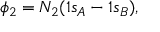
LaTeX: \phi _ { 2 } = N _ { 2 } ( 1 s _ { A } - 1 s _ { B } ) ,